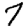
Digit: 7